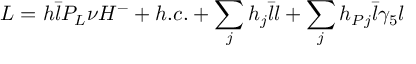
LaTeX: { \cal L } = h \bar { l } P _ { L } \nu H ^ { - } + h . c . + \sum _ { j } h _ { j } \bar { l } l + \sum _ { j } h _ { P j } \bar { l } \gamma _ { 5 } l